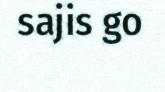
sajis go